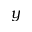
y